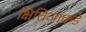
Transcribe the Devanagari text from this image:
क्षितिजाकडे